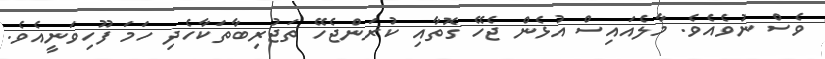
ވެސް ނުވެއެވެ. މާލެއައިސް އުޅެން ޖެހޭ ގޮތާއި ކުރަންޖެހޭ ތަޖުރިބާތަކާހެދި ހަމަ ފޫހިވަނީއެވެ.